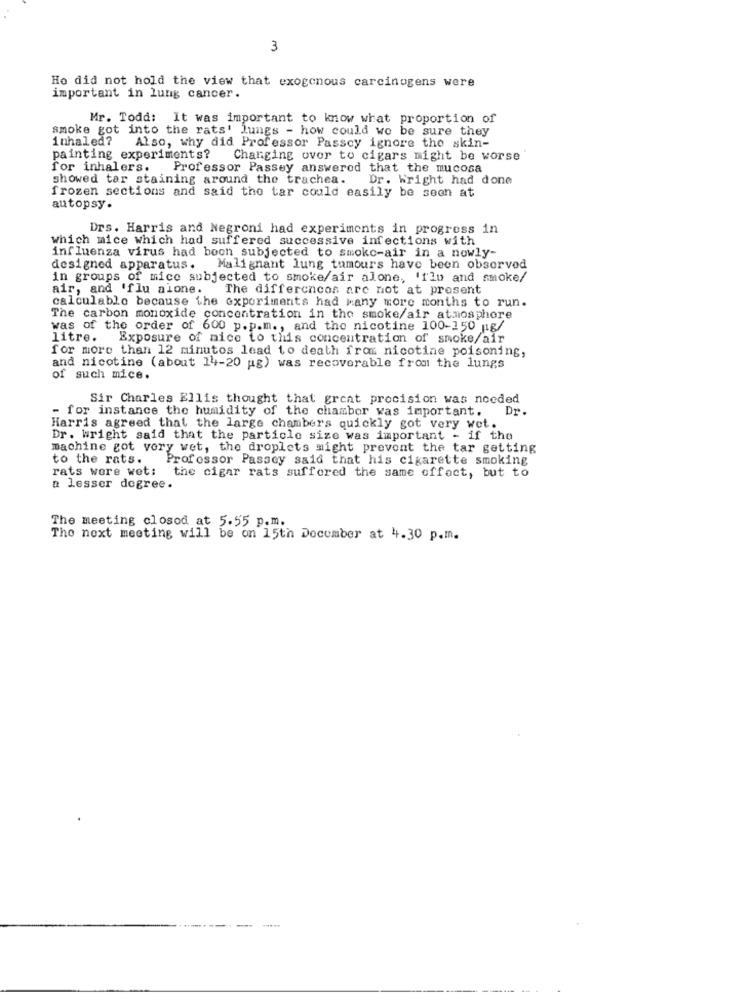
3
Ho did not hold the view that exogenous carcinogens were
important in lung cancer.
Mr. Todd: It was important to know what proportion of
smoke got into the rats' lungs - how could we be sure they
inhaled?
Also, why did Professor Passcy ignore the skin-
painting experiments? Changing over to cigars might be worse
for inhalers. Professor Passey answered that the mucosa
showed tar staining around the trachea.
Dr. Wright had done
frozen sections and said the tar could easily be seen at
autopsy.
Drs. Harris and Negroni had experiments in progress in
which mice which had suffered successive infections with
influenza virus had been subjected to smoke-air in a nowly-
designed apparatus. Malignant lung tumours have been observed
in groups of mice subjected to smoke/air alone, 'flu and smoke/
air, and 'flu alone.
The differences are not at present
calculablo because the experiments had Many more months to run.
The carbon monoxide concentration in the smoke/air atmosphere
was of the order of 600 p.p.m ., and the nicotine 100-150 ng/
litre. Exposure of nice to this concentration of smoke/air
for more than 12 minutos lead to death from nicotine poisoning,
and nicotine (about 14-20 pg) was recoverable from the lungs
of such mice.
Sir Charles Ellis thought that great precision was needed
- for instance the humidity of the chamber was important.
Dr.
Harris agreed that the large chambers quickly got very wet.
Dr. Wright said that the particle size was important - if the
machine got very wet, the droplets might prevent the tar getting
to the rats.
Professor Passcy said that his cigarette smoking
rats wore wet: the cigar rats suffered the same effect, but to
a lesser degree.
The meeting closed at 5.55 p.m.
The next meeting will be on 15th December at 4.30 p.m.